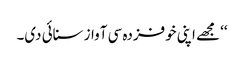
‘‘ مجھے اپنی خوفزدہ سی آواز سنائی دی۔